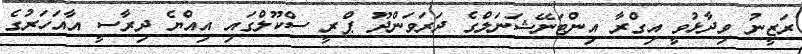
ރަޒީނު ވިދާޅުވީ އިގްރާ އިންޓަނޭޝަނަލްގެ ދަރަވަންދޫ ޕްރީ ސްކޫލްގައި އިއްޔެ ދިރާސީ އާއަހަރުގެ